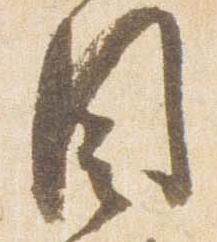
目